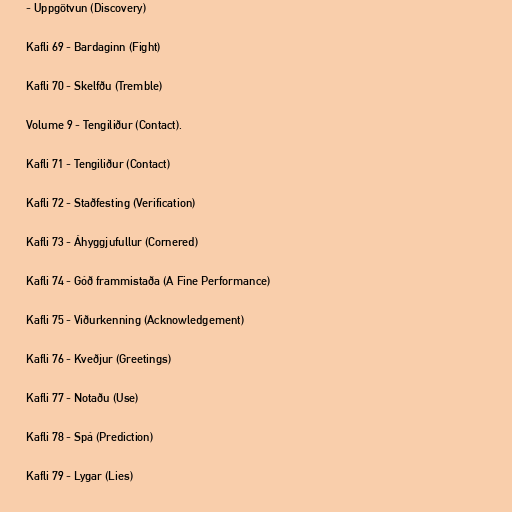
- Uppgötvun (Discovery)

Kafli 69 - Bardaginn (Fight)

Kafli 70 - Skelfðu (Tremble)

Volume 9 - Tengiliður (Contact).

Kafli 71 - Tengiliður (Contact)

Kafli 72 - Staðfesting (Verification)

Kafli 73 - Áhyggjufullur (Cornered)

Kafli 74 - Góð frammistaða (A Fine Performance)

Kafli 75 - Viðurkenning (Acknowledgement)

Kafli 76 - Kveðjur (Greetings)

Kafli 77 - Notaðu (Use)

Kafli 78 - Spá (Prediction)

Kafli 79 - Lygar (Lies)